Scottish Leaving Certificate Examination, 1961
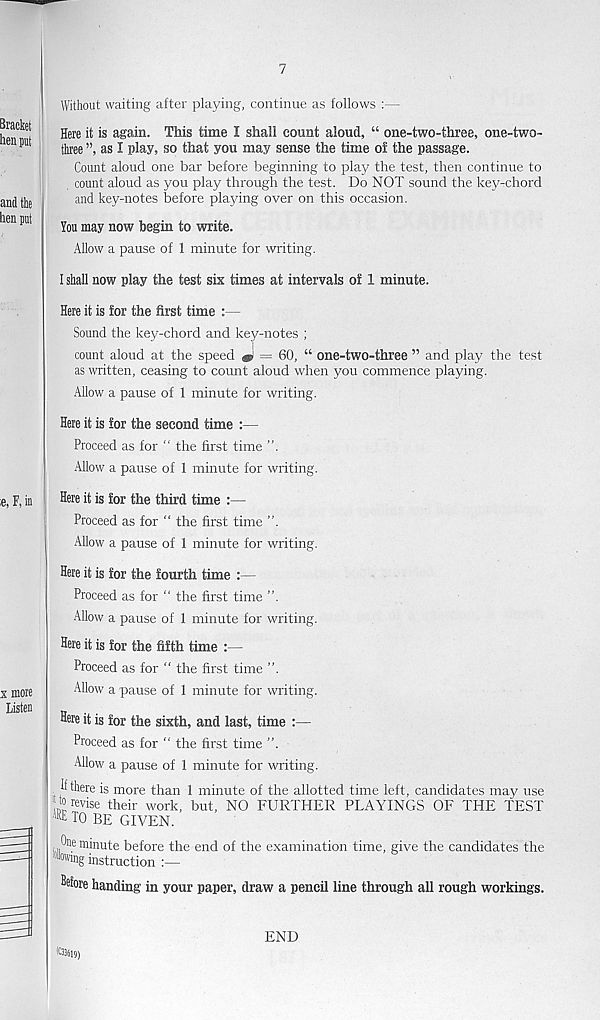
7
Without waiting after playing, continue as follows :—
Here it is again. This time I shall count aloud, “ one-two-three, one-two-
three ”, as I play, so that you may sense the time of the passage.
Count aloud one bar before beginning to play the test, then continue to
count aloud as you play through the test. Do NOT sound the key-chord
and key-notes before playing over on this occasion.
You may now begin to write.
Allow a pause of 1 minute for writing.
I shall now play the test six times at intervals of 1 minute.
Here it is for the first time :—
Sound the key-chord and key-notes ;
count aloud at the speed ^ = 60, “ one-two-three ” and play the test
as written, ceasing to count aloud when you commence playing.
Allow a pause of 1 minute for writing.
Here it is for the second time :—
Proceed as for “ the first time ”.
Allow a pause of 1 minute for writing.
Here it is for the third time :—
Proceed as for “ the first time ”.
Allow a pause of 1 minute for writing.
Here it is for the fourth time :—
Proceed as for “ the first time ”.
Allow a pause of 1 minute for writing.
Here it is for the fifth time :—
Proceed as for “ the first time ”,
Allow a pause of 1 minute for writing.
Sere it is for the sixth, and last, time :—
Proceed as for “ the first time ”.
Allow a pause of 1 minute for writing.
Ii there is more than 1 minute of the allotted time left, candidates may use
"Z revise their work, but, NO FURTHER PLAYINGS OF THE TEST
iR E TO BE GIVEN.
One minute before the end of the examination time, give the candidates the
! wwmg instruction :—
fofore handing in your paper, draw a pencil line through all rough workings.
END
®J619)